Scientific memoirs by medical officers of the Army of India - Part III,
Year: 1887
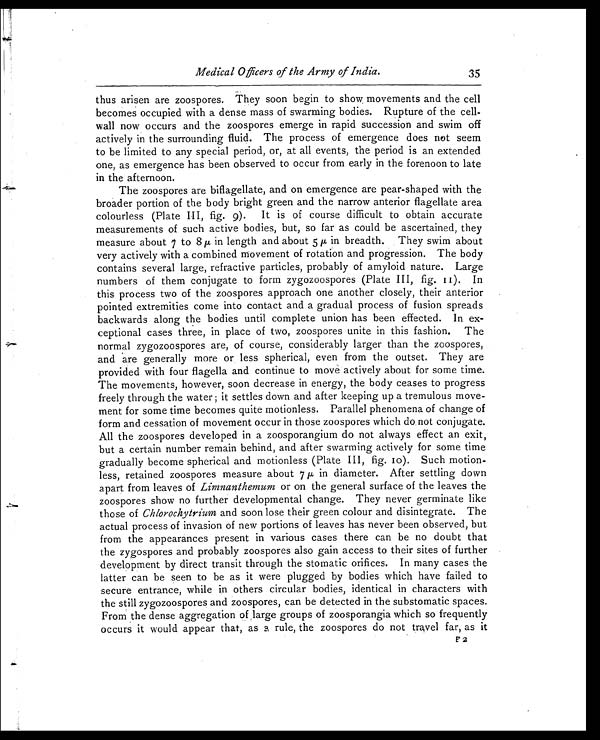
Medical Officers of the Army of India.
35
thus arisen are zoospores. They soon begin to show, movements and the cell
becomes occupied with a dense mass of swarming bodies. Rupture of the cell-
wall now occurs and the zoospores emerge in rapid succession and swim off
actively in the surrounding fluid. The process of emergence does not seem
to be limited to any special period, or, at all events, the period is an extended
one, as emergence has been observed to occur from early in the forenoon to late
in the afternoon.
The zoospores are biflagellate, and on emergence are pear-shaped with the
broader portion of the body bright green and the narrow anterior flagellate area
colourless (Plate III, fig . 9). It is of course difficult to obtain accurate
measurements of such active bodies, but, so far as could be ascertained, they
measure about 7 to 8 µ in length and about 5 µ in breadth. They swim about
very actively with a combined movement of rotation and progression. The body
contains several large, refractive particles, probably of amyloid nature. Large
numbers of them conjugate to form zygozoospores (Plate III, fig . II ). In
this process two of the zoospores approach one another closely, their anterior
pointed extremities come into contact and a gradual process of fusion spreads
backwards along the bodies until complete union has been effected. In ex-
ceptional cases three, in place of two, zoospores unite in this fashion. The
normal zygozoospores are, of course, considerably larger than the zoospores,
and are generally more or less spherical, even from the outset. They are
provided with four flagella and continue to move actively about for some time.
The movements, however, soon decrease in energy, the body ceases to progress
freely through the water; it settles down and after keeping up a tremulous move-
ment for some time becomes quite motionless. Parallel phenomena of change of
form and cessation of movement occur in those zoospores which do not conjugate.
All the zoospores developed in a zoosporangium do not always effect an exit,
but a certain number remain behind, and after swarming actively for some time
gradually become spherical and motionless (Plate III, fig. 10). Such motion-
less, retained zoospores measure about 7 µ in diameter. After settling down
apart from leaves of Limnanthemum or on the general surface of the leaves the
zoospores show no further developmental change. They never germinate like
those of Chlorochytrium and soon lose their green colour and disintegrate. The
actual process of invasion of new portions of leaves has never been observed, but
from the appearances present in various cases there can be no doubt that
the zygospores and probably zoospores also gain access to their sites of further
development by direct transit through the stomatic orifices. In many cases the
latter can be seen to be as it were plugged by bodies which have failed to
secure entrance, while in others circular bodies, identical in characters with
the still zygozoospores and zoospores, can be detected in the substomatic spaces.
From the dense aggregation of large groups of zoosporangia which .so frequently
occurs it would appear that, as a rule, the zoospores do not travel far, as it
F2